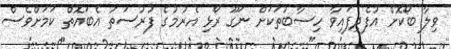
ވިލާ ބޯކޮށް އުފެދިފައިވާ ހިސާބުތަކަށް ނަގޫ ރޯޅި އެރުމުގެ ފުރުސަތު އެބައޮތް ކަމަށްވެސް